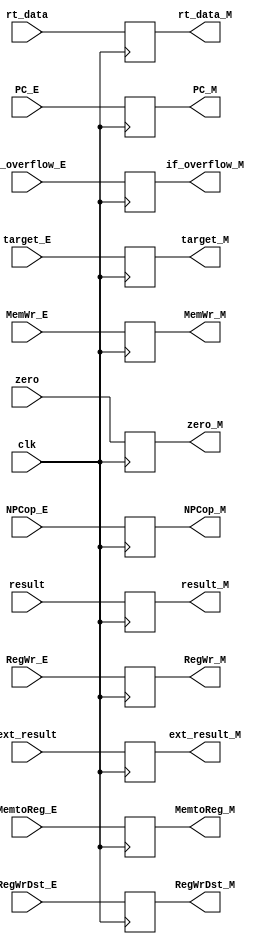
module EX_MEM(clk, ext_result, PC_E, RegWr_E, NPCop_E, MemWr_E, zero, rt_data, MemtoReg_E, result, target_E, RegWrDst_E, if_overflow_E, 
                   ext_result_M, PC_M, RegWr_M, NPCop_M, MemWr_M, zero_M, rt_data_M, MemtoReg_M, result_M, target_M, RegWrDst_M, if_overflow_M);
    
    input clk, RegWr_E, MemWr_E, zero, MemtoReg_E, if_overflow_E;
    input [3: 0] NPCop_E;
    input [4: 0] RegWrDst_E;
    input [25: 0] target_E;
    input [31: 0] ext_result, PC_E, rt_data, result;

    output reg RegWr_M, MemWr_M, zero_M, MemtoReg_M, if_overflow_M;
    output reg[3: 0] NPCop_M;
    output reg[4: 0] RegWrDst_M;
    output reg [25: 0] target_M;
    output reg[31: 0] ext_result_M, PC_M, rt_data_M, result_M;

    always @(posedge clk ) begin
        ext_result_M <= ext_result;
        RegWrDst_M <= RegWrDst_E;
        PC_M <= PC_E;
        RegWr_M <= RegWr_E;
        NPCop_M <= NPCop_E;
        MemWr_M <= MemWr_E;
        zero_M <= zero;
        rt_data_M <= rt_data;
        MemtoReg_M <= MemtoReg_E;
        result_M <= result;
        target_M <= target_E;
        if_overflow_M <= if_overflow_E;
    end
endmodule